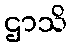
ဌာသိ